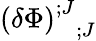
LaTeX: \left(\delta\Phi\right)_{\; \; \, ;J}^{;J}